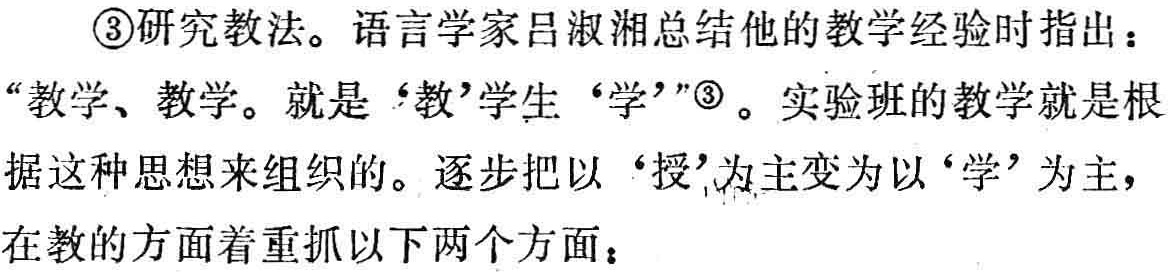
\textcircled{3}研究教法。语言学家吕淑湘总结他的教学经验时指出：“教学、教学。就是‘教’学生‘学’”\textcircled{3}。实验班的教学就是根据这种思想来组织的。逐步把以‘授’为主变为以‘学’为主，在教的方面着重抓以下两个方面：